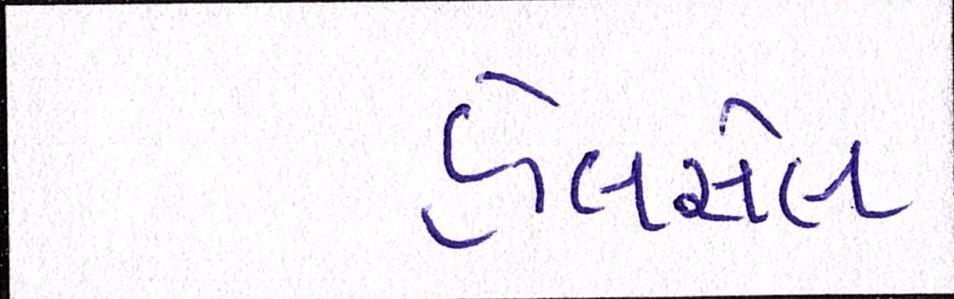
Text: હોલસેલ